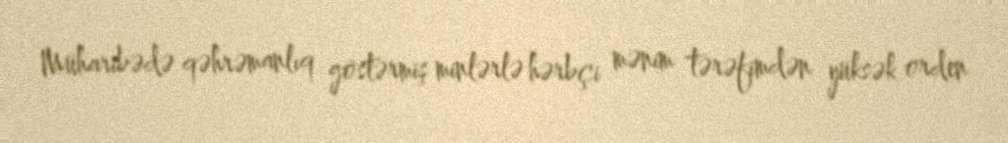
Müharibədə qəhrəmanlıq göstərmiş minlərlə hərbçi mənim tərəfimdən yüksək orden